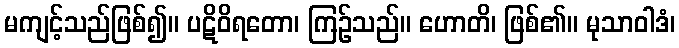
မကျင့်သည်ဖြစ်၍။ ပဋိဝိရတော၊ ကြဉ်သည်။ ဟောတိ၊ ဖြစ်၏။ မုသာဝါဒံ၊